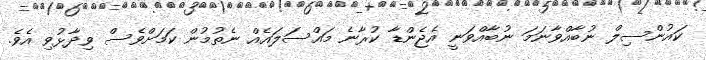
ކައުންސިލް ނުބާއްވާނަމަ ނުބާއްވަނީ އެޖެންޑާ ކުރާނެ މައްސަލައެއް ނެތުމުން ކަމަށްވެސް ވިދާޅުވި އެވެ.